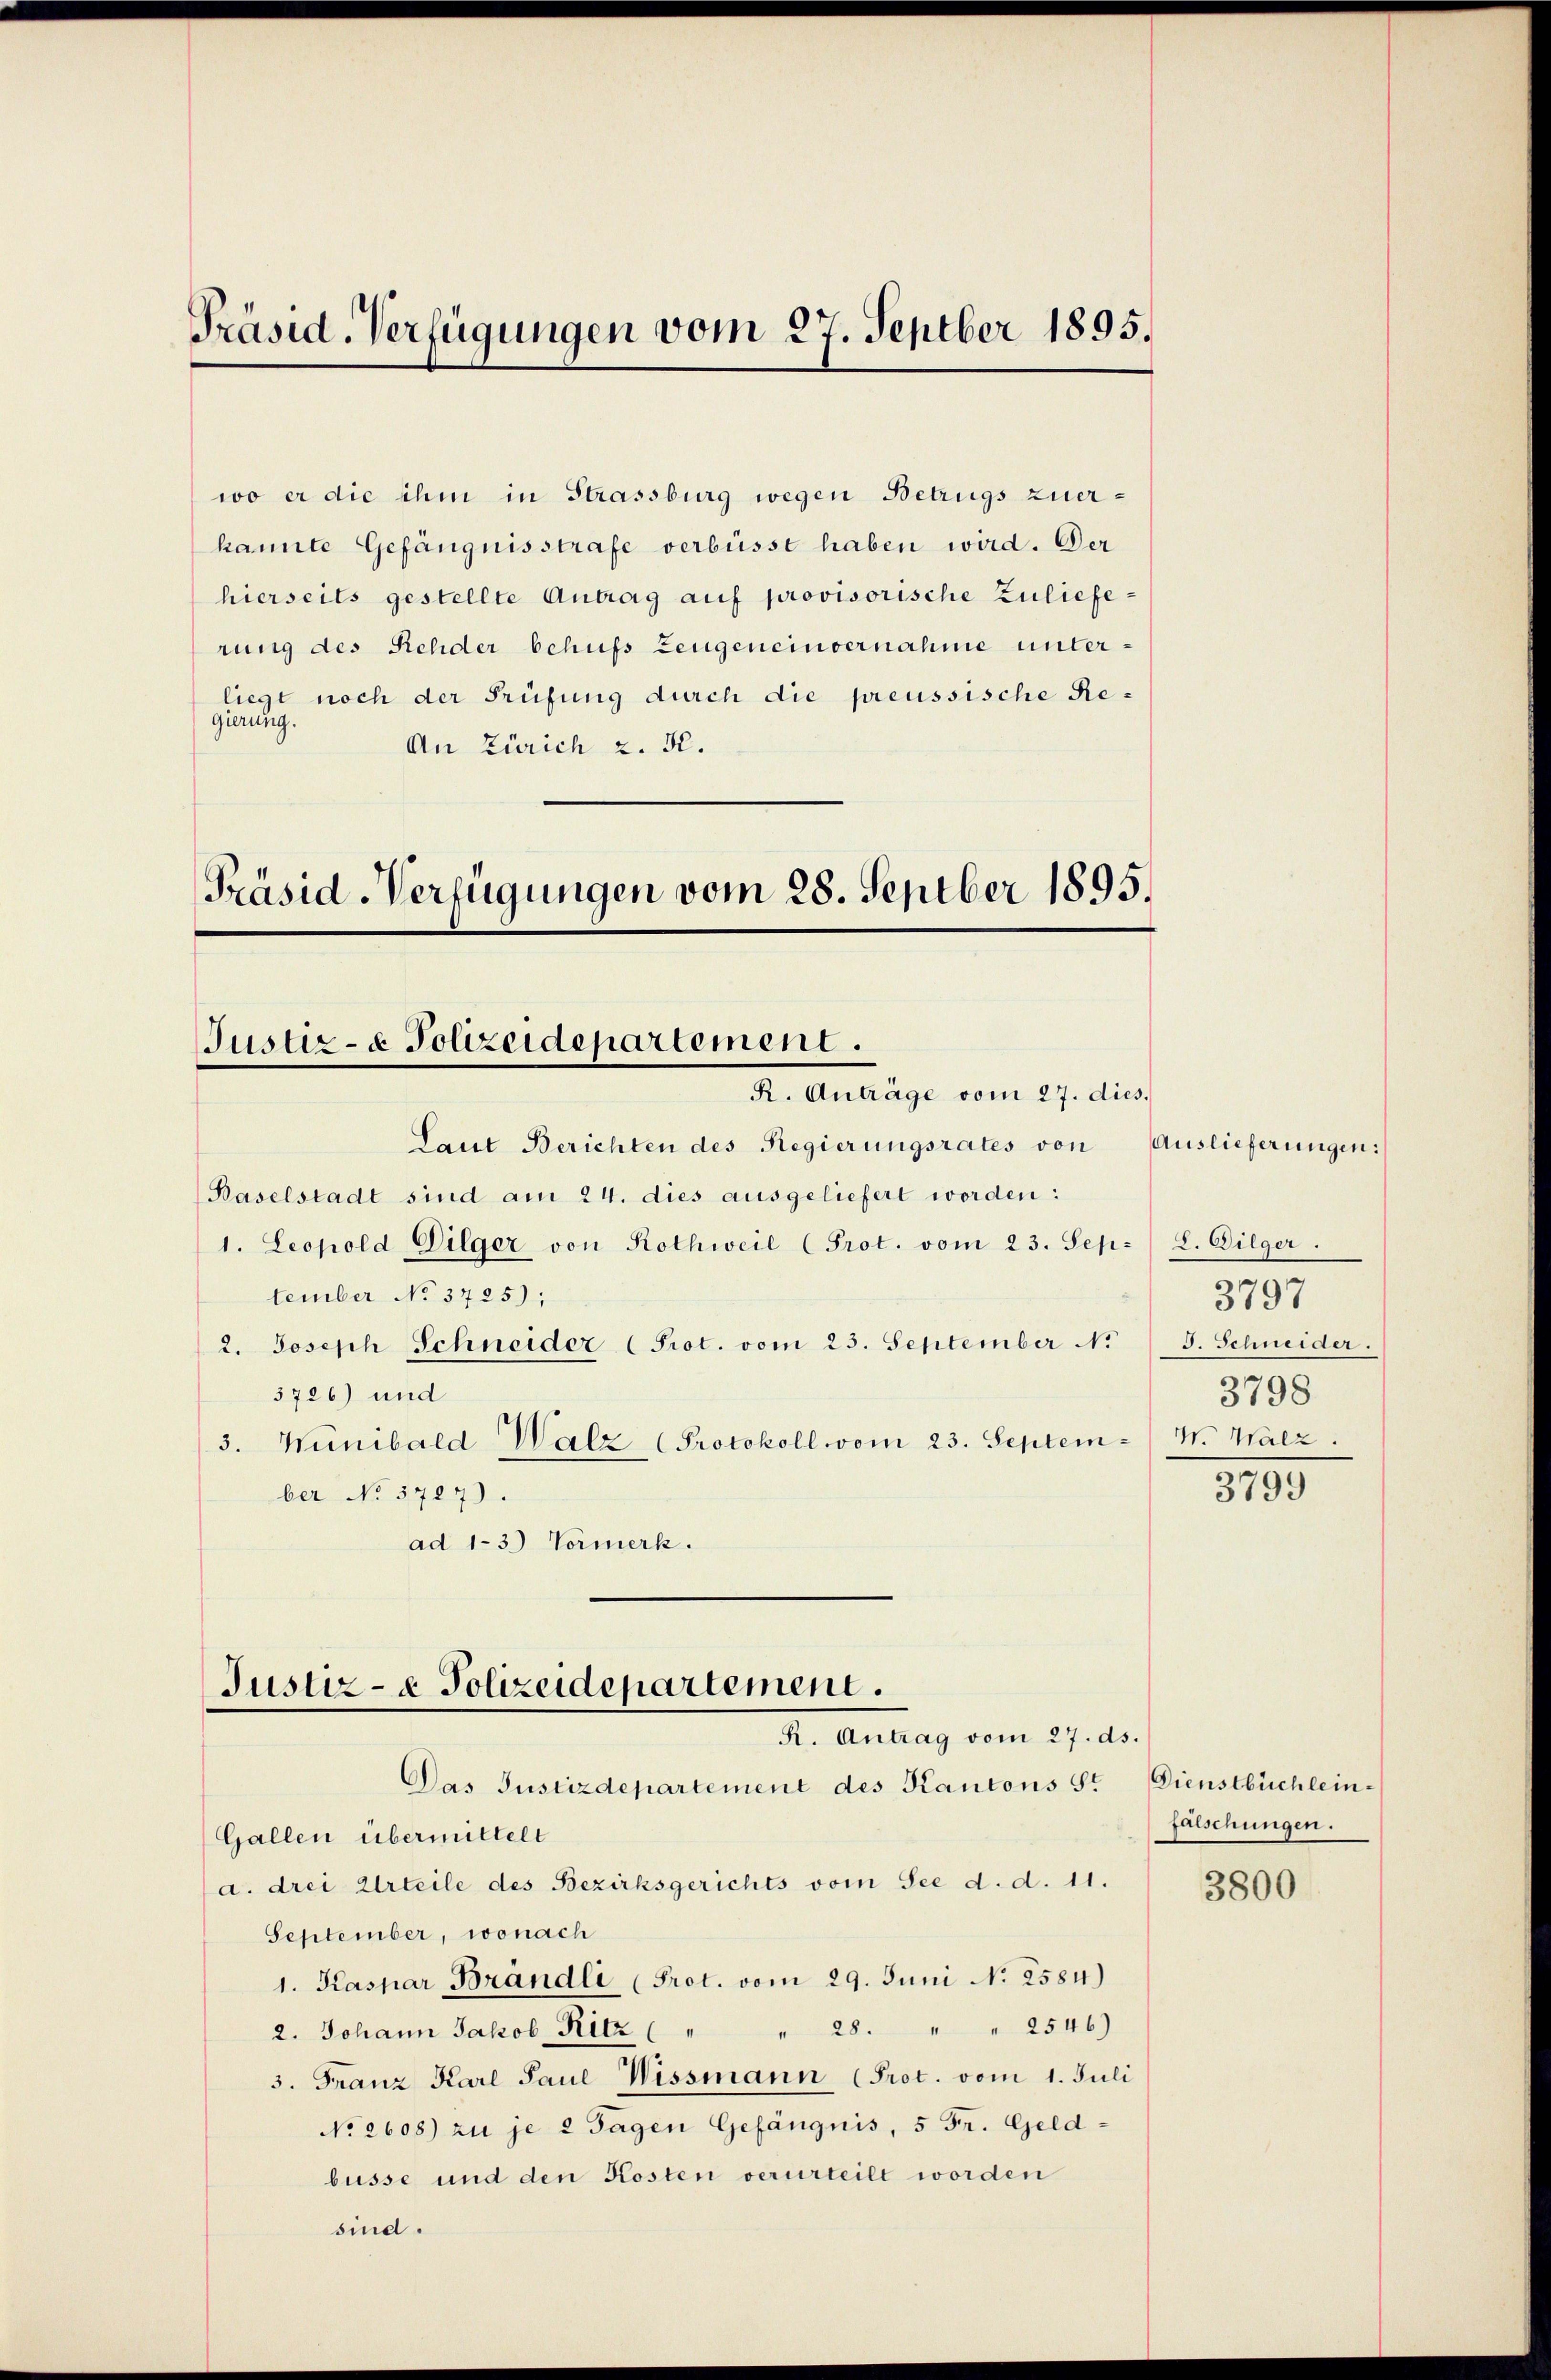
Präsid. Verfügungen vom 27. Septber 1895.

wo er die ihm in Strassburg wegen Betrugs zuerkannte Gefängnisstrafe verbüsst haben wird. Der
hierseits gestellte Antrag auf provisorische Zulieferung des Rehder behufs Zeugeneinvernahme unterliegt noch der Prüfung durch die preussische Regierung.
An Zürich z. K.
Präsid-Verfügungen vom 28. Septber 1895.

Justiz- & Polizeidepartement.
R. Anträge vom 27. dies

Justiz- & Polizeidepartement.
R. Antrag vom 27. ds.

Laut Berichten des Regierungsrates von Auslieferungen:
Baselstadt sind am 24. dies ausgeliefert worden:
1. Leopold Dilger von Rothweil (Prot. vom 23. September No 3725);
2. Joseph Schneider (Prot. vom 23. September N.
3726) und
3. Wünibald Walz (Protokoll vom 23. September No 5707).
ad 13) Vormerk.

Das Justizdepartement des Kantons St
Gallen übermittelt
a. drei Urteile des Bezirksgerichts vom See d. d. 11.
September, wonach
1. Kaspar Brändli (Prot. vom 29. Juni No 2584)
" 28. " " 2546)
2. Johann Jakob Kitz
3. Franz Karl Paul Wissmann (Prot. vom 1. Juli
No. 2608) zu je 2 Tagen Gefängnis, 5 Fr. Geldbüsse und den Kosten verurteilt worden
sind.

2. Dilger.
3797
I. Schneider.
3798
W. Walz.

3799

Dienstbüchleinfalschungen.

3800